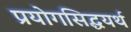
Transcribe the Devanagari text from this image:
प्रयोगसिद्धयर्थ